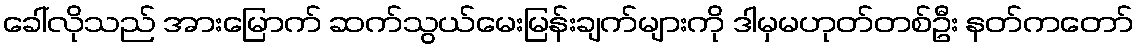
ခေါ်လိုသည် အားမြောက် ဆက်သွယ်မေးမြန်းချက်များကို ဒါမှမဟုတ်တစ်ဦး နတ်ကတော်